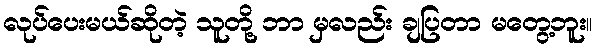
လုပ်ပေးမယ်ဆိုတဲ့ သူတို့ ဘာ မှလည်း ချပြတာ မတွေ့ဘူး။